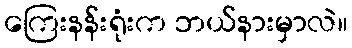
ကြေးနန်းရုံးက ဘယ်နားမှာလဲ။